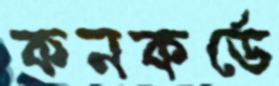
কনকর্ডে